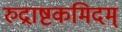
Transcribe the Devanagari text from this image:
रुद्राष्टकमिदम्